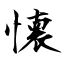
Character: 懐